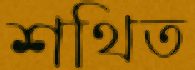
শথিত